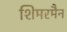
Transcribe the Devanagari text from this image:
शिमरमैन